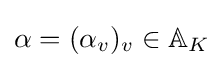
\alpha =(\alpha _{v})_{v}\in \mathbb {A} _{K}